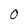
Character: O